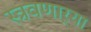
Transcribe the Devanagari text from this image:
स्त्रवणार्‍या